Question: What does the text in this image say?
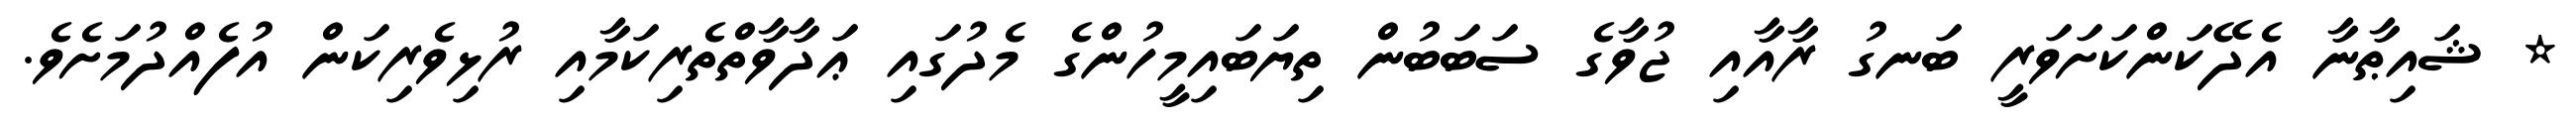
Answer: * ޝައިޠާނާ އެދޭކަންކަށަވަރީ ބަނގު ރާއާއި ޖުވާގެ ސަބަބުން ތިޔަބައިމީހުންގެ މެދުގައި ޢަދާވާތްތެރިކަމާއި ރުޅިވެރިކަން އުފެއްދުމަށެވެ.